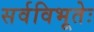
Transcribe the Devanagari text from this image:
सर्वविभूतेः